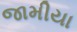
જામીયા